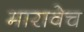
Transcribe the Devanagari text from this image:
मारावेच